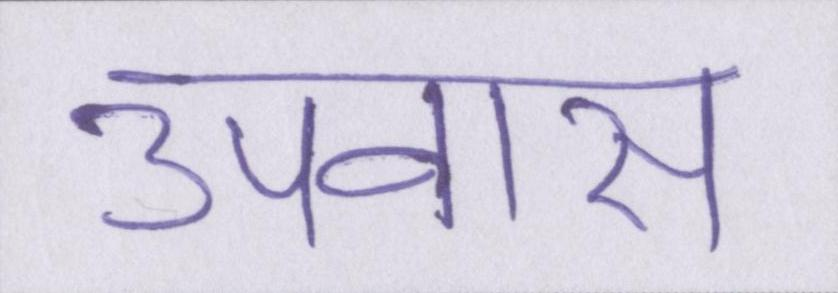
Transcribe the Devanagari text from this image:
उपवास